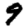
Digit: 9